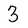
Character: 3